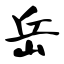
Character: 岳